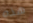
هذه